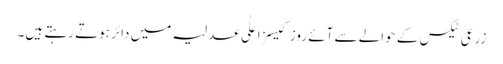
زرعی ٹیکس کے حوالے سے آئے روز کیسز اعلٰی عدلیہ میں دائر ہوتے رہتے ہیں۔